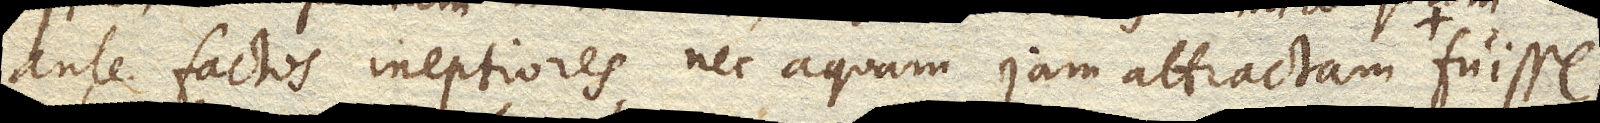
ante factos ineptiores nec aquam jam attractam si intra praecise cis terminos consisteres fuisse